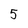
Character: 5